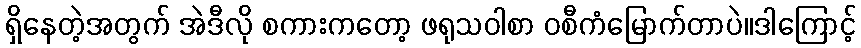
ရှိနေတဲ့အတွက် အဲဒီလို စကားကတော့ ဖရုသဝါစာ ဝစီကံမြောက်တာပဲ။ဒါကြောင့်